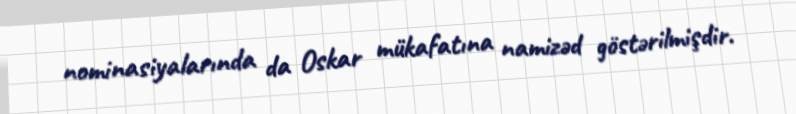
nominasiyalarında da Oskar mükafatına namizəd göstərilmişdir.